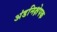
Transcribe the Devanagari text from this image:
अंडनिक्षेपक